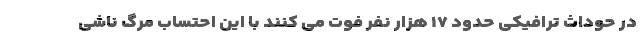
در حوداث ترافیکی حدود ۱۷ هزار نفر فوت می کنند با این احتساب مرگ ناشی